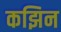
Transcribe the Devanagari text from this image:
कझिन